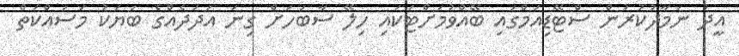
އީދު ނަމާދުކުރުން ސްޓޭޑިއަމްގައި ބޭއްވުމަށްޓަކައި ހިލޭ ސާބަހަށް ގިނަ އަދަދެއްގެ ބަޔަކު މަސައްކަތް